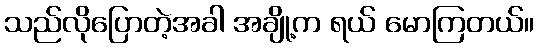
သည်လိုပြောတဲ့အခါ အချို့က ရယ် မောကြတယ်။